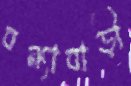
বন্যাবাড়ী